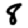
Digit: 8